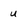
Character: u